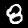
Digit: 8